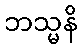
ဘသ္မနိ